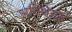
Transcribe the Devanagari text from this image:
अस्थिगत